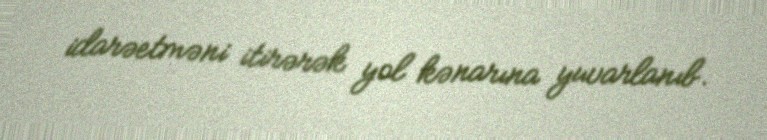
idarəetməni itirərək yol kənarına yuvarlanıb.